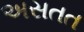
અસતત